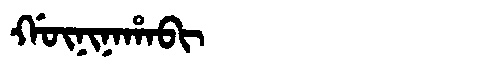
Manchu: ᡤᡡᠨᡳᠨᠠᡥᠠᠪᡳ
Romanization: GŪNINAHABI